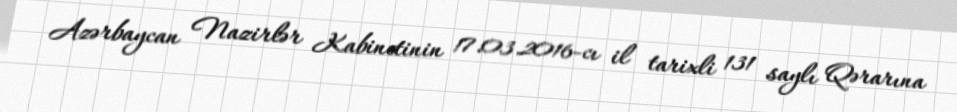
Azərbaycan Nazirlər Kabinetinin 17.03.2016-cı il tarixli 131 saylı Qərarına